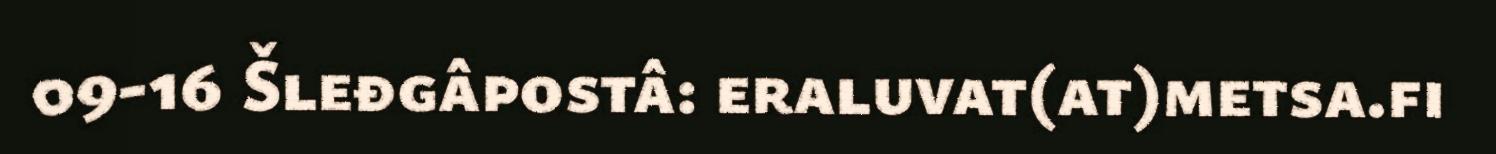
09-16 Šleđgâpostâ: eraluvat(at)metsa.fi